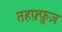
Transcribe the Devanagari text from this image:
तहफ़्फ़ुज़